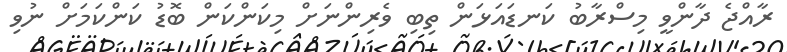
ރާއްޖެ ދާންވީ މިސްރާބު ކަނޑައަޅަން ތިބި ވެރިންނަށް މިކަންކަން ބޮޑު ކަންކަމަށް ނުވި